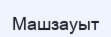
Машзауыт